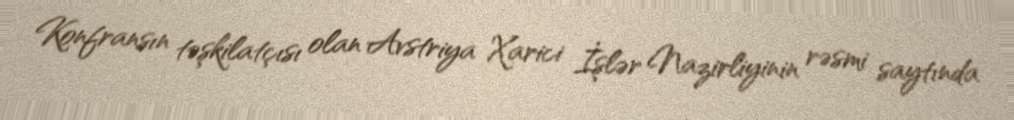
Konfransın təşkilatçısı olan Avstriya Xarici İşlər Nazirliyinin rəsmi saytında